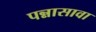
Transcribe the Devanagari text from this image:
पन्नासावा